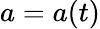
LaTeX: a=a(t)